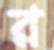
র